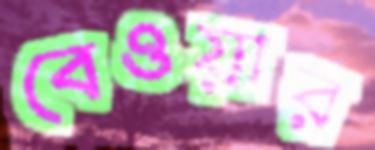
বেওয়ার